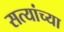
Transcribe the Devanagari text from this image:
सत्यांच्या